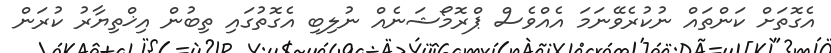
އެގޮތަށް ކަންތައް ނުކުރެވޭނަމަ އެއްވެސް ޕްރޮމޯޝަނެއް ނުލިބި އެގޮތުގައި ތިބުން އިޚްތިޔާރު ކުރަން